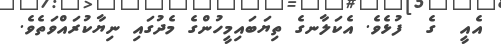
އެއީ  ގެ  ފުޅެވެ. އެކަލާނގެ ތިޔަބައިމީހުންގެ މެދުގައި ނިޔާކުރައްވަތެވެ.